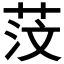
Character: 𦯻